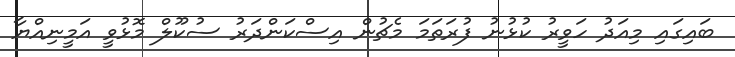
ބައިގައި މިއަދު ހަވީރު ކުޅުނު ފުރަތަމަ މެޗުން އިސްކަންދަރު ސުކޫލް މޮޅުވީ އަމީނިއްޔާ